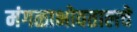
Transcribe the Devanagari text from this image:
मंगळाभोवतालचे